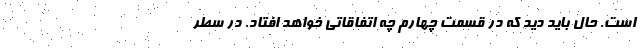
است. حال باید دید که در قسمت چهارم چه اتفاقاتی خواهد افتاد. در سطر